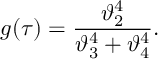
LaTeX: g ( \tau ) = \frac { \vartheta _ { 2 } ^ { 4 } } { \vartheta _ { 3 } ^ { 4 } + \vartheta _ { 4 } ^ { 4 } } .